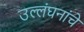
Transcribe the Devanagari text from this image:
उल्लंघनांचे